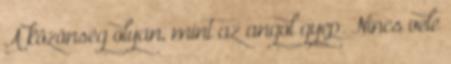
A közönség olyan, mint az angol gyep. Nincs vele